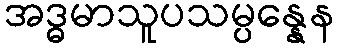
အဒ္ဓမာသူပသမ္ပန္နေန